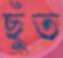
ছুঁত